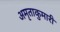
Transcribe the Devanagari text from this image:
अमृताकुमारी